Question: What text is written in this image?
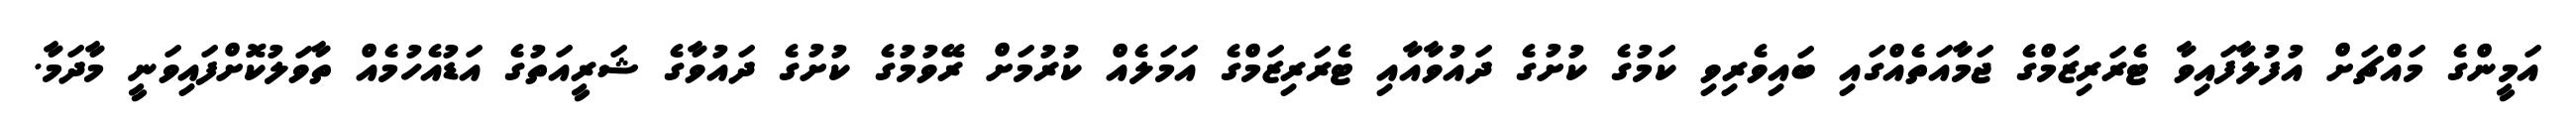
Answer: އަމީންގެ މައްޗަށް އުފުލާފައިވާ ޓެރަރިޒަމްގެ ޖަމާއަތެއްގައި ބައިވެރިވި ކަމުގެ ކުށުގެ ދައުވާއާއި ޓެރަރިޒަމްގެ އަމަލެއް ކުރުމަށް ރޭވުމުގެ ކުށުގެ ދައުވާގެ ޝަރީއަތުގެ އަޑުއެހުމެއް ތާވަލުކޮށްފައިވަނީ މާދަމާ.